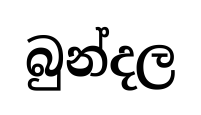
බුන්දල